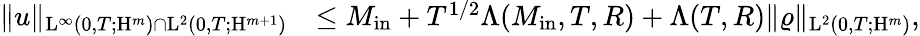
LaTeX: \begin{array}{rl}{\Vert u\Vert_{\mathrm{L}^{\infty}(0,T;\mathrm{H}^{m})\cap\mathrm{L}^{2}(0,T;\mathrm{H}^{m+1})}}&{\leq M_{\mathrm{in}}+T^{1/2}\Lambda(M_{\mathrm{in}},T,R)+\Lambda(T,R)\Vert\varrho\Vert_{\mathrm{L}^{2}(0,T;\mathrm{H}^{m})},}\end{array}